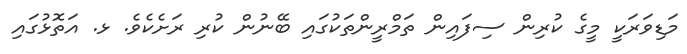
މަޑިވަރަކީ މީގެ ކުރިން ސިފައިން ތަމްރީންތަކުގައި ބޭނުން ކުރި ރަށެކެވެ. ޅ. އަތޮޅުގައި